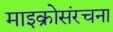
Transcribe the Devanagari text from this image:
माइक्रोसंरचना